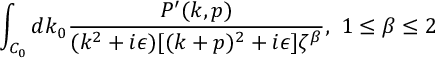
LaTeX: \int _ { C _ { 0 } } d k _ { 0 } { \frac { P ^ { \prime } ( k , p ) } { ( k ^ { 2 } + i \epsilon ) [ ( k + p ) ^ { 2 } + i \epsilon ] \zeta ^ { \beta } } } , \ 1 \leq \beta \leq 2